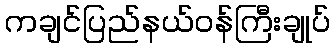
ကချင်ပြည်နယ်ဝန်ကြီးချုပ်